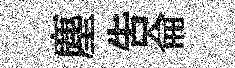
塵告侖